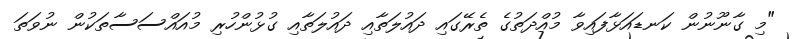
"މި ގާނޫނުން ކަނޑައަޅާފައިވާ މުއްދަތުގެ ތެރޭގައި ދައުލަތާއި ދައުލަތާއި ގުޅުންހުރި މުއައްސަސާތަކުން ނުވަތަ